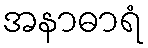
အနာဓာရံ